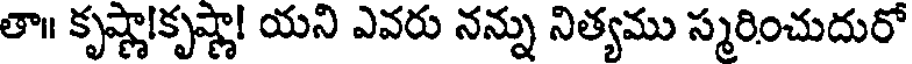
తా॥ కృష్ణా!కృష్ణా! యని ఎవరు నన్ను నిత్యము స్మరించుదురో